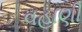
વહાણી